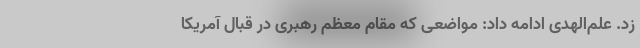
زد.‌ علم‌الهدی ادامه داد: مواضعی که مقام معظم رهبری در قبال آمریکا